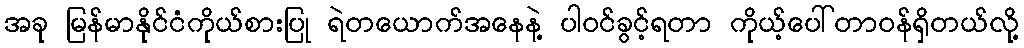
အခု မြန်မာနိုင်ငံကိုယ်စားပြု ရဲတယောက်အနေနဲ့ ပါဝင်ခွင့်ရတာ ကိုယ့်ပေါ်တာဝန်ရှိတယ်လို့